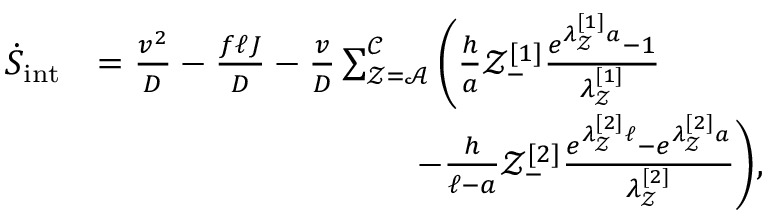
\begin{array} { r l } { \dot { S } _ { \mathrm { i n t } } } & { = \frac { v ^ { 2 } } { D } - \frac { f \ell J } { D } - \frac { v } { D } \sum _ { \mathcal { Z } = \mathcal { A } } ^ { \mathcal { C } } \Bigg ( \frac { h } { a } \mathcal { Z } _ { - } ^ { [ 1 ] } \frac { e ^ { \lambda _ { \mathcal { Z } } ^ { [ 1 ] } a } - 1 } { \lambda _ { \mathcal { Z } } ^ { [ 1 ] } } } \\ & { ~ ~ ~ ~ ~ ~ ~ ~ ~ ~ ~ ~ ~ ~ ~ ~ ~ ~ ~ ~ ~ ~ ~ ~ ~ ~ ~ - \frac { h } { \ell - a } \mathcal { Z } _ { - } ^ { [ 2 ] } \frac { e ^ { \lambda _ { \mathcal { Z } } ^ { [ 2 ] } \ell } - e ^ { \lambda _ { \mathcal { Z } } ^ { [ 2 ] } a } } { \lambda _ { \mathcal { Z } } ^ { [ 2 ] } } \Bigg ) , } \end{array}